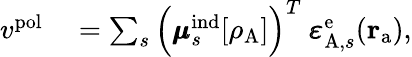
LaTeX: \begin{array}{rl}{{v}^{\mathrm{pol}}}&{{}=\sum_{s}\Big(\pmb{\mu}_{s}^{\mathrm{ind}}[\rho_{\mathrm{A}}]\Bigr)^{T}\ \pmb{\varepsilon}_{\mathrm{A},s}^{\mathrm{e}}(\mathbf{r}_{\mathrm{a}}),}\end{array}